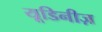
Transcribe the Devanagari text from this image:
यूडिनीज़